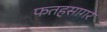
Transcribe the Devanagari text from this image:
फतहसागर